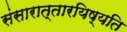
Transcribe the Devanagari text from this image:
संसारात्तारयिष्यति